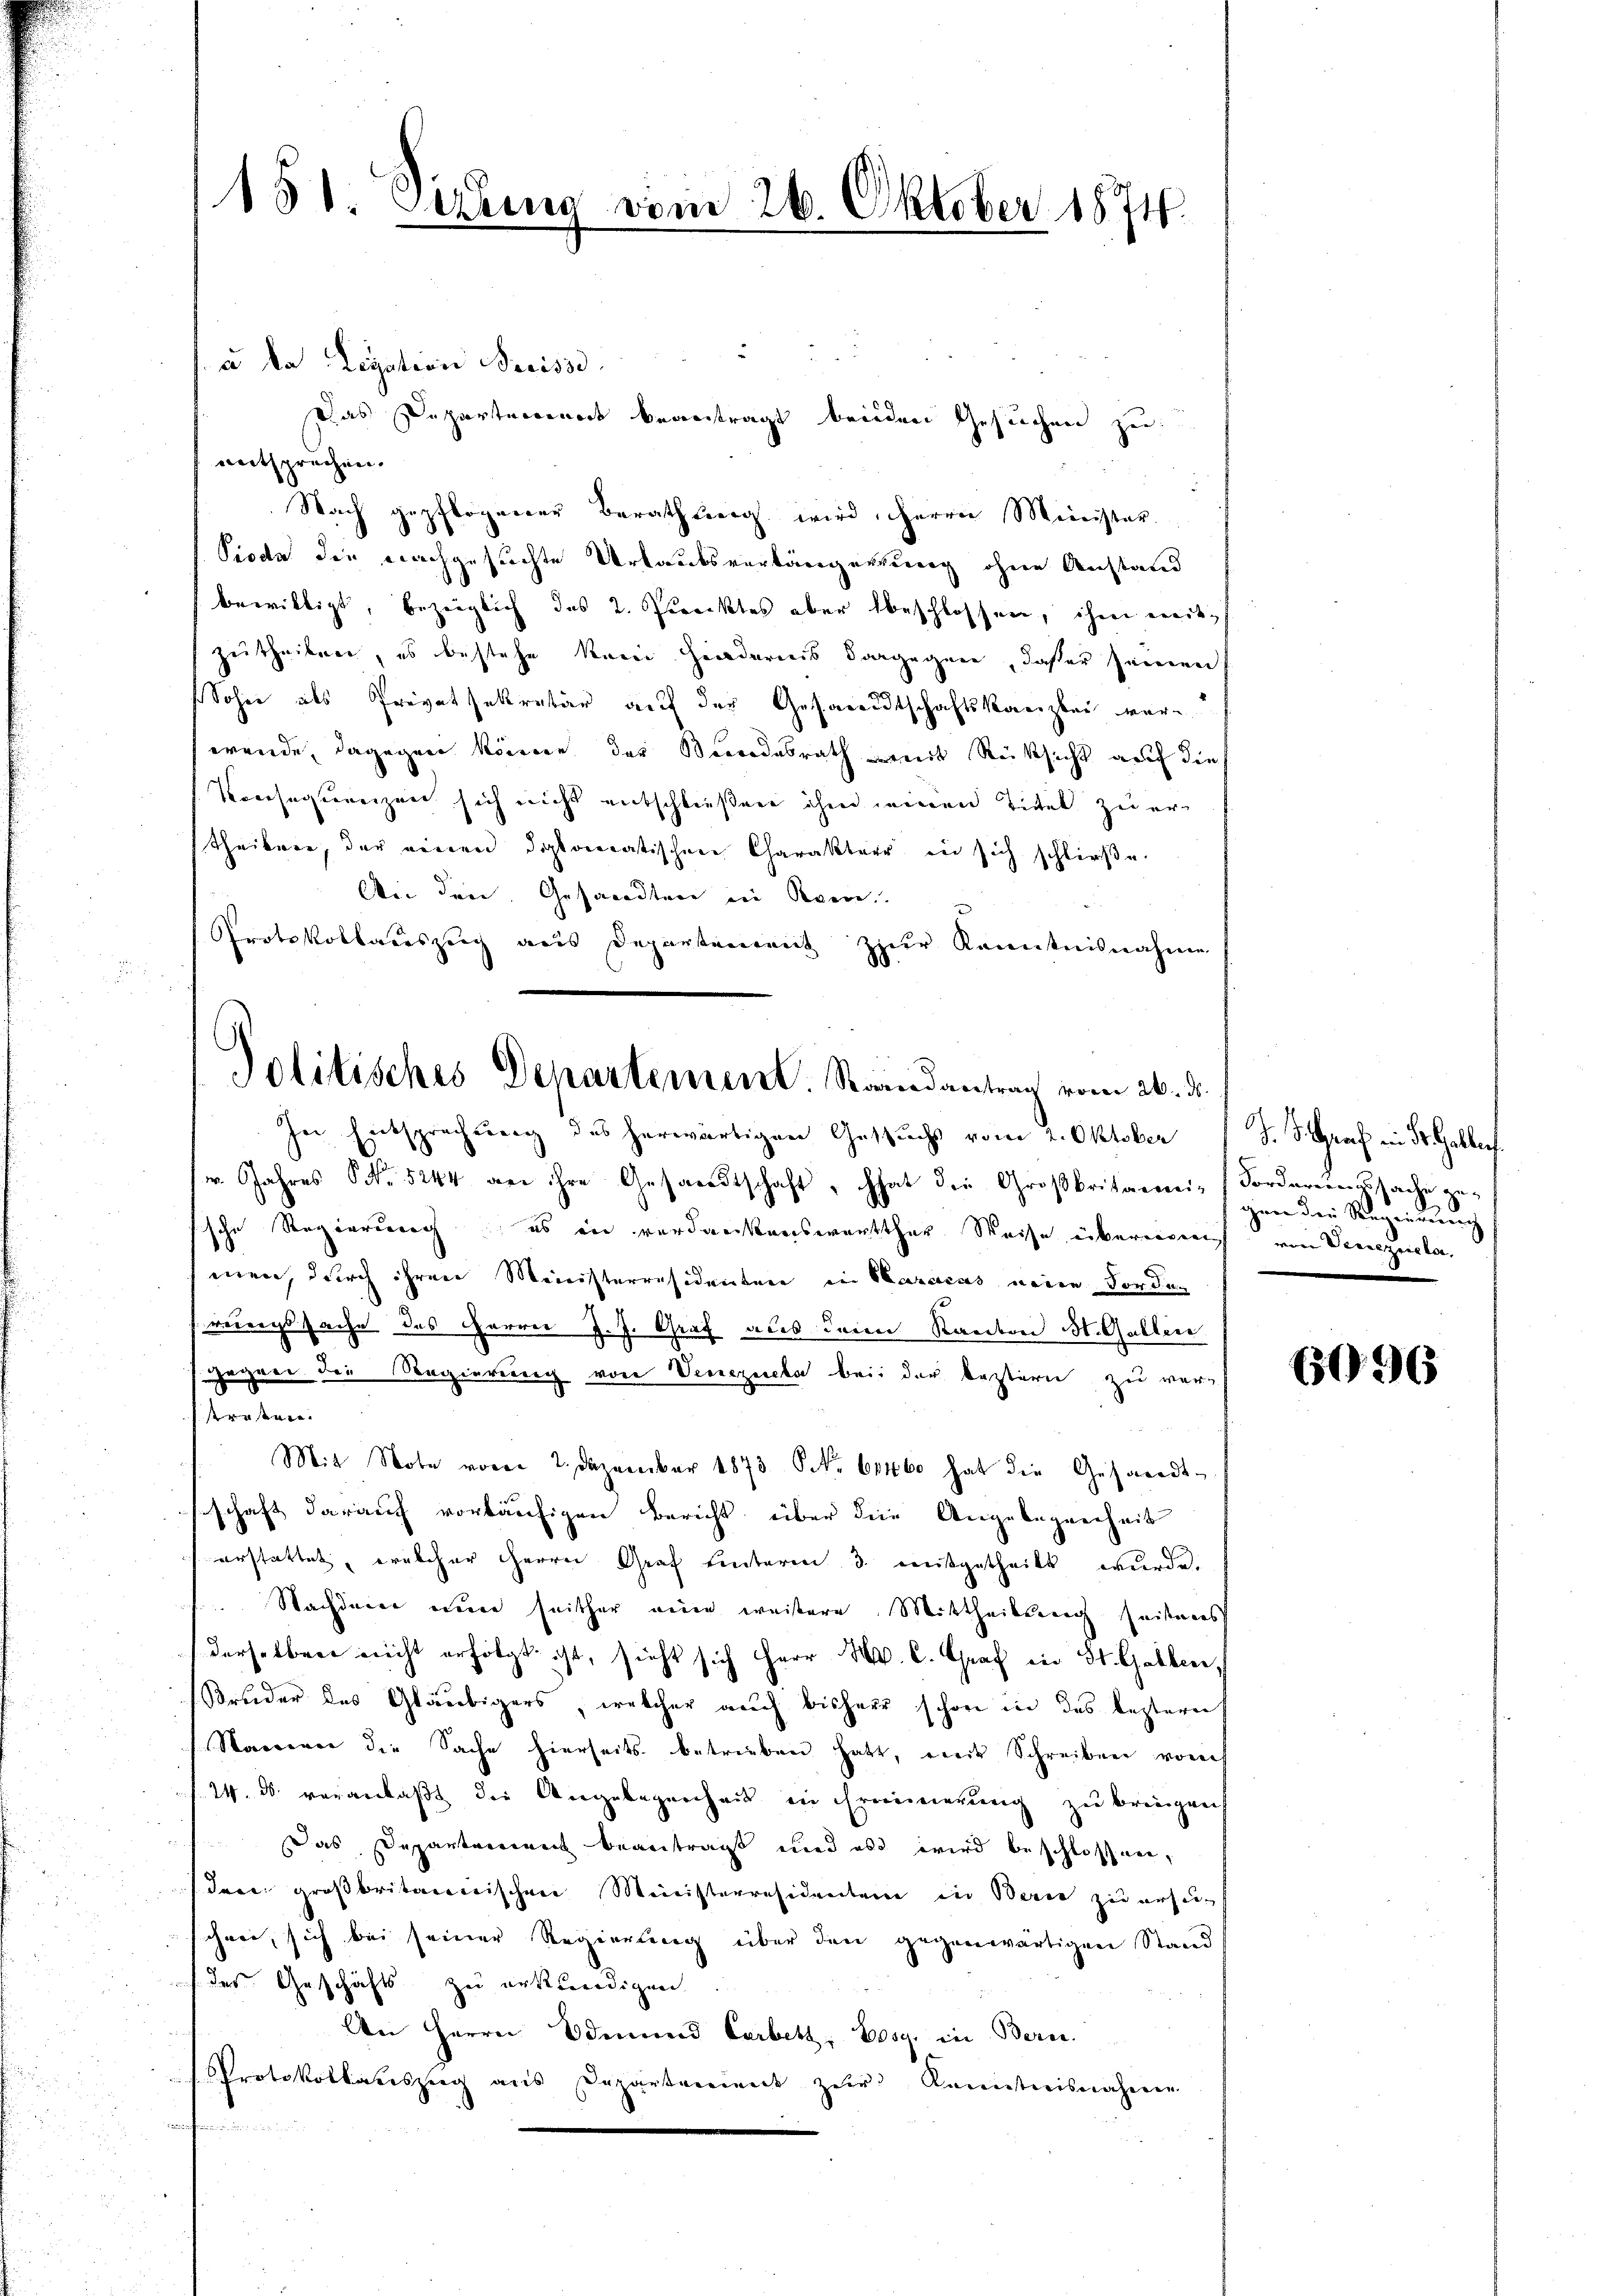
151. Sezung vom 26. Oktober 1874.

u da Legation Breissi
Das Departement beantragt beiden Gesuchen zu
entsprechen.
Nach gepflogener Berathung wird, Herrn Minister.
Pioda die nachgesuchte Urlaubsverlängerung ohne Anstand
bewilligt, bezeiglich das 2. Prorektes aber beschlossen, ihm mit
zutheilen, es bestehe kein Hindernis vorgegann, daßer seinen
Sohne als Privatsekretär auf der Gesandtschaftskanzlei verwende, dagegen könne der Bundesrath mit Rücksicht auf dies
Konsequenzen sich nicht entschließen ihm seinen Titel zu er¬
Theiber, der einen dolomatischen Charakter in sich schließe.
Aii den Gesandten in Rom.
Protokollauszug aus Departement zur Kenntnisnahme
18

Politisches Departement. Raandantrag vom 26. ds.

straten.

In Entsprechung des herwärtigen Gesuchs vom 2. Oktober d. S. Graf in der Galler
r. Jahres No 5244 an ihre Gesandtschaft, hat die Großbritanni- (Forderenzsache ersche Regierung, es in verdankenswertther Weise übereigen
men, durch ihren Ministerräsidenten in Characas neuen Forden
rungssache des Herrn J. J. Graf aus dem Kanton St. Gallin
gegner die Regierung von Venezuela bei der bestern zu wer
Mit Note vom 2. Dezember 1873 S. 61160 hat die Gesandt-
sschaft darauf vorläufigen Bericht über die Angebegnenheit
erstattet, welcher Herrn Graf hinterm 3. mitgetheilt wurde.
Nachdene eine seither eine weisere Mittheilung seiteres
derselben nicht erfolgt ist, sieht sich Herr M. C. Graf in St. Gallen,
Bruder des Gläubigers, welcher auch bisherr schon in des lezteren
Starrerer die Sache hierseits betrieben hatt, eine Schreiben vorh
24. ds. veranlaßt die Angelegenheit in Erinnerung zu bringen
 Das Departement beantragt und als wird beschlossen,
Jace großbritairischen Ministerresidenten in Bern zu ersuch
schwer, sich bei seiner Regierung über den gegenwärtigen Stand
des Geschäfts zu erkundigen
An Herrn Odmund Carbett, Bosg. in Bern.
Protokollauszug aus Departement zŭr Kenntnisnahmen
ehenden

8
gen der Regierung
ein Venezuela,

6096